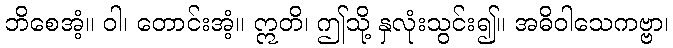
ဘိစေအံ့။ ဝါ၊ တောင်းအံ့။ ဣတိ၊ ဤသို့ နှလုံးသွင်း၍။ အဓိဝါသေကဗ္ဗာ၊